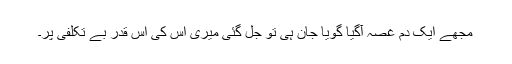
مجھے ایک دم غصہ آگیا گویا جان ہی تو جل گئی میری اس کی اس قدر بے تکلفی پر۔